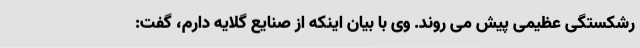
رشکستگی عظیمی پیش می روند. وی با بیان اینکه از صنایع گلایه دارم، گفت: